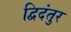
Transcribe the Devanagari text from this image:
द्विदंतुर